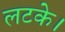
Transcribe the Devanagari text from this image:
लटके।